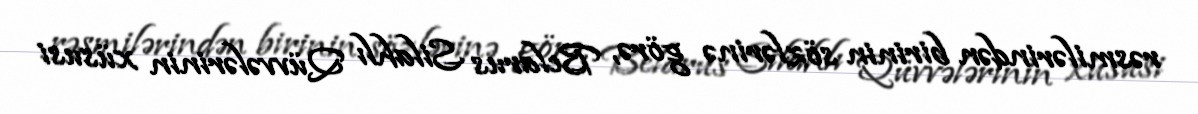
rəsmilərindən birinin sözlərinə görə, Belarus Silahlı Qüvvələrinin xüsusi